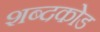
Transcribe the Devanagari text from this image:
शब्दकोड